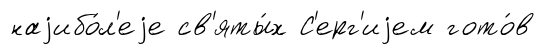
наjибо́л'еjе св'яты́х С'ерг'иjем гото́в